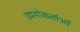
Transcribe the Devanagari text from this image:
उपयोकर्ताओं